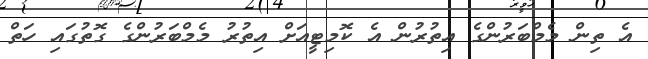
އެ ތިން މެމްބަރުންގެ އިތުރުން އެ ކޮމިޓީއަށް އިތުރު މެމްބަރުންގެ ގޮތުގައި ހަތް